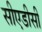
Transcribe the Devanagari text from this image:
सीएडीसी